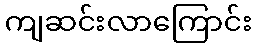
ကျဆင်းလာကြောင်း